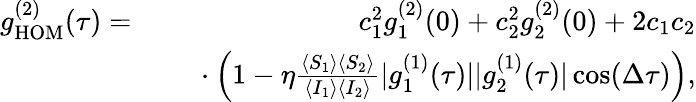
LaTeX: \begin{array}{rlr}{g_{\mathrm{HOM}}^{(2)}(\tau)=}&{}&{\ c_{1}^{2}g_{1}^{(2)}(0)+c_{2}^{2}g_{2}^{(2)}(0)+2c_{1}c_{2}}\\ &{}&{\ \cdot\left(1-\eta\frac{\langle S_{1}\rangle\langle S_{2}\rangle}{\langle I_{1}\rangle\langle I_{2}\rangle}|g_{1}^{(1)}(\tau)||g_{2}^{(1)}(\tau)|\cos(\Delta\tau)\right),}\end{array}